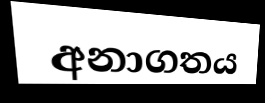
අනාගතය